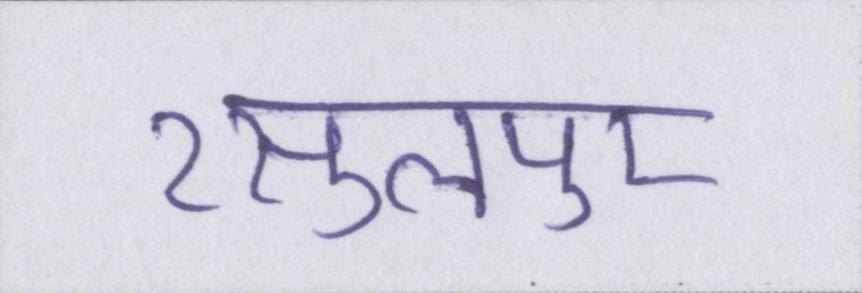
रसुलपुर